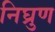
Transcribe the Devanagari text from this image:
निघ्रुण